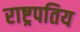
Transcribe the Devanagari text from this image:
राष्ट्रपतिय